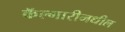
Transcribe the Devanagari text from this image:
कॅल्गारीमधील